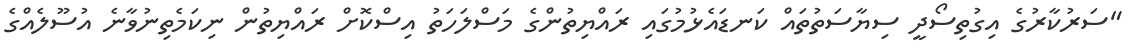
"ސަރުކާރުގެ އިގުތިސޯދީ ސިޔާސަތުތައް ކަނޑައެޅުމުގައި ރައްޔިތުންގެ މަސްލަހަތު އިސްކޮށް ރައްޔިތުން ނިކަމެތިނުވާނެ އުސޫލެއްގެ